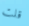
قلت